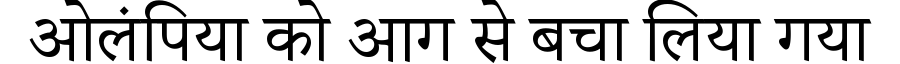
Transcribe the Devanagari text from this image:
ओलंपिया को आग से बचा लिया गया